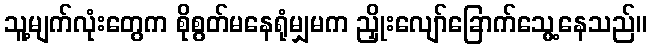
သူ့မျက်လုံးတွေက စိုစွတ်မနေရုံမျှမက ညှိုးလျော်ခြောက်သွေ့နေသည်။